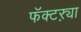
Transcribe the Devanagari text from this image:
फॅक्टऱ्या